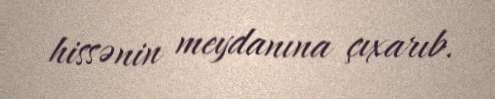
hissənin meydanına çıxarıb.